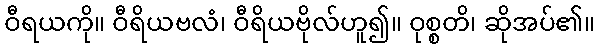
ဝီရယကို။ ဝီရိယဗလံ၊ ဝီရိယဗိုလ်ဟူ၍။ ဝုစ္စတိ၊ ဆိုအပ်၏။